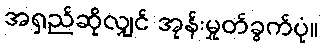
အရှည်ဆိုလျှင် အုန်းမှုတ်ခွက်ပုံ။